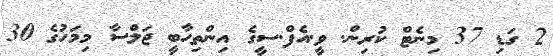
2 ގަޑި 37 މިނެޓް ކުރިން. ވީ.އެފް.ސީގެ އިންތިހާބީ ޖަލްސާ މިމަހުގެ 30